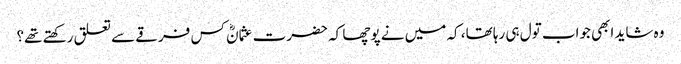
وہ شاید ابھی جواب تول ہی رہا تھا، کہ میں نے پوچھا کہ حضرت عثمانؓ کس فرقے سے تعلق رکھتے تھے؟